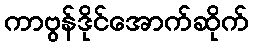
ကာဗွန်ဒိုင်အောက်ဆိုက်